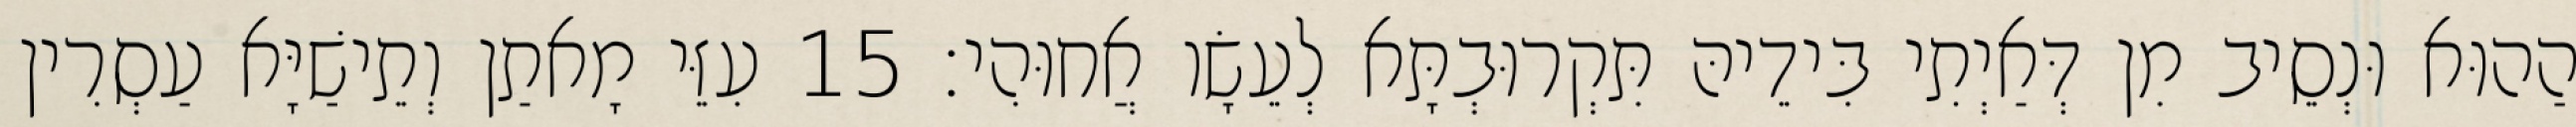
הַהוּא וּנְסֵיב מִן דְּאַיְתִי בִּידֵיהּ תִּקְרוּבְתָּא לְעֵשָׂו אֲחוּהִי׃ 15 עִזֵּי מָאתַן וְתֵישַׁיָּא עַסְרִין